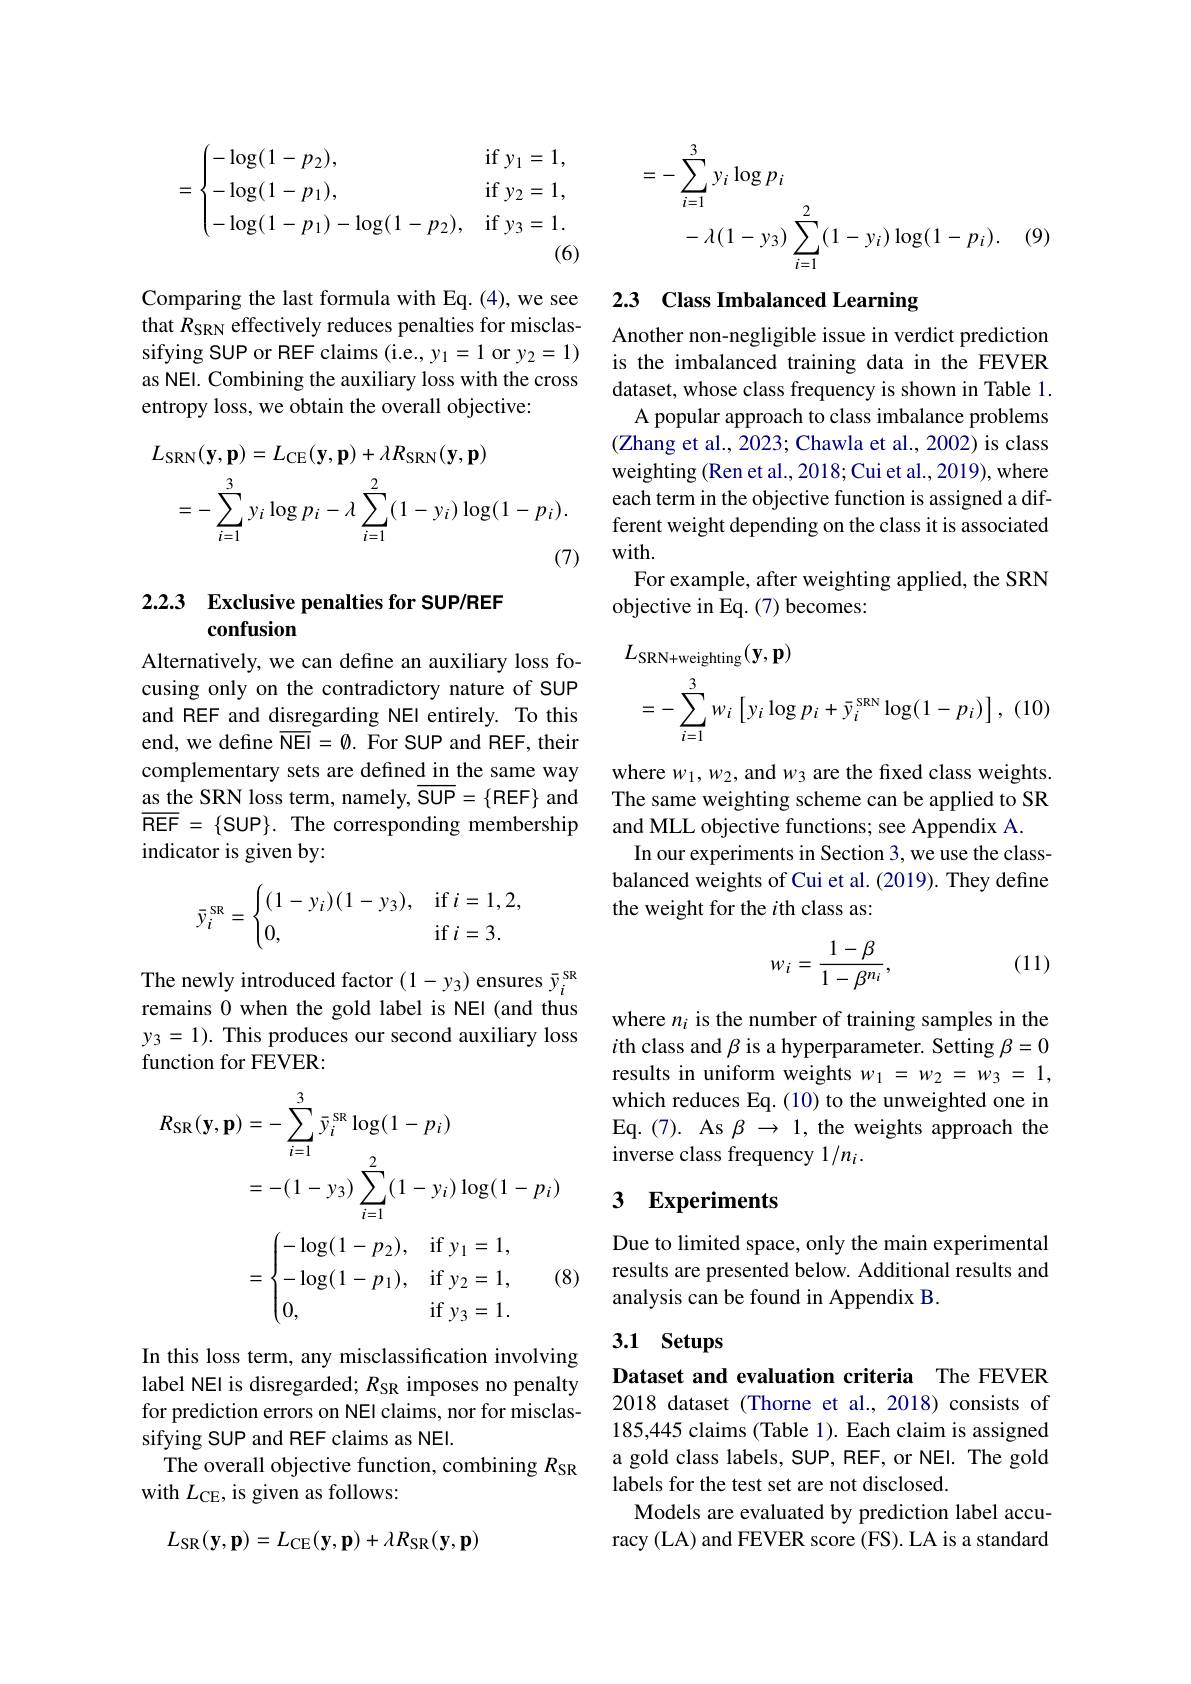
$$\begin{aligned}&=\begin{cases}-\log(1-p_2),&\text{if }y_1=1,\\-\log(1-p_1),&\text{if }y_2=1,\\-\log(1-p_1)-\log(1-p_2),&\text{if }y_3=1.\end{cases}&=-\sum_{i=1}^3y_i\log p_i\\&&-\lambda(1-y_3)\sum_{i=1}^2(1-y_i)\log(1-p_i).\end{aligned}$$
Comparing the last formula with Eq. (4), we see that $R_\mathrm{SRN}$ effectively reduces penalties for misclassifying SUP or REF claims (i.e., y$_1=1$ or $y_2=1)$ as NEl. Combining the auxiliary loss with the cross entropy loss, we obtain the overall objective:
$$\begin{aligned}L_{\mathrm{SRN}}(\mathbf{y},\mathbf{p})&=L_{\mathrm{CE}}(\mathbf{y},\mathbf{p})+\lambda R_{\mathrm{SRN}}(\mathbf{y},\mathbf{p})\\&=-\sum_{i=1}^{3}y_{i}\log p_{i}-\lambda\sum_{i=1}^{2}(1-y_{i})\log(1-p_{i}).\end{aligned}$$
## 2.2.3 Exclusive penalties for SUP/REF confusion

Alternatively, we can define an auxiliary loss focusing only on the contradictory nature of SUP and REF and disregarding NEl entirely. To this end, we define $\overline{\mathrm{NEI}}=\emptyset.$ For SUP and REF, their complementary sets are defined in the same way as the SRN loss term, namely, $\overline {\mathrm{SUP}}= \{$REF$\}$ and $\overline{\mathrm{REF}}=\{$SUP$\}.$ The corresponding membership indicator is given by:
$$\bar{y}_i^{\text{SR}}=\begin{cases}(1-y_i)(1-y_3),&\text{if}\:i=1,2,\\0,&\text{if}\:i=3.\end{cases}$$
The newly introduced factor $(1-y_{3})$ ensures $\bar{y}_{i}^\mathrm{sR}$ remains 0 when the gold label is NEl (and thus $y_3=1).$ This produces our second auxiliary loss function for FEVER
$$\begin{aligned}R_{\mathrm{SR}}(\mathbf{y},\mathbf{p})&=-\sum_{i=1}^{3}\bar{y}_{i}^{\mathrm{SR}}\log(1-p_{i})\\&=-(1-y_{3})\sum_{i=1}^{2}(1-y_{i})\log(1-p_{i})\\&=\begin{cases}-\log(1-p_2),&\text{if }y_1=1,\\-\log(1-p_1),&\text{if }y_2=1,\\0,&\text{if }y_3=1.\end{cases}&\text{(8}\end{aligned}$$
In this loss term, any misclassification involving label NEl is disregarded; $R_\mathrm{SR}$ imposes no penalty for prediction errors on NEl claims, nor for misclassifying SUP and REF claims as NEI.
The overall objective function, combining $R_\mathrm{SR}$
with $L_\mathrm{CE}$, is given as follows:
$$L_{\mathrm{SR}}(\mathbf{y},\mathbf{p})=L_{\mathrm{CE}}(\mathbf{y},\mathbf{p})+\lambda R_{\mathrm{SR}}(\mathbf{y},\mathbf{p})$$
(9)

## 2.3 Class Imbalanced Learning

Another non-negligible issue in verdict prediction is the imbalanced training data in the FEVER dataset, whose class frequency is shown in Table 1. A popular approach to class imbalance problems (Zhang et al., 2023; Chawla et al., 2002) is class weighting (Ren et al., 2018; Cui et al., 2019), where each term in the objective function is assigned a different weight depending on the class it is associated with.
For example, after weighting applied, the SRN
objective in Eq. (7) becomes:
$$\begin{aligned}&L_{\mathrm{SRN+weighting}}(\mathbf{y},\mathbf{p})\\&=-\sum_{i=1}^{3}w_{i}\left[y_{i}\log p_{i}+\bar{y}_{i}^{\mathrm{SRN}}\log(1-p_{i})\right],\end{aligned}$$
where $w_1,w_2$, and $w_3$ are the fixed class weights. The same weighting scheme can be applied to SR and MLL objective functions; see Appendix A.
In our experiments in Section 3, we use the classbalanced weights of Cui et al. (2019). They define the weight for the $i$th class as:

(11)
$$w_i=\frac{1-\beta}{1-\beta^{n_i}},$$
where $n_i$ is the number of training samples in the $i$th class and $\beta$ is a hyperparameter. Setting $\beta=0$ results in uniform weights $w_1=w_2=w_3=1$, which reduces Eq. (10) to the unweighted one in Eq. (7). As $\beta\to1$, the weights approach the inverse class frequency 1/ni.

## 3 Experiments

Due to limited space, only the main experimental results are presented below. Additional results and analysis can be found in Appendix B.

# 3.1 Setups

Dataset and evaluation criteria The FEVER 2018 dataset (Thorne et al., 2018) consists of 185,445 claims (Table 1). Each claim is assigned a gold class labels, SUP, REF, or NEI. The gold labels for the test set are not disclosed.
Models are evaluated by prediction label accuracy (LA) and FEVER score (FS). LA is a standard